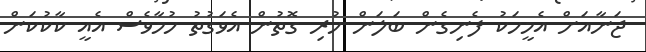
ޖަނާއަށް އެމީހަކު ފެނިގެން ބަލަން ހުރި ގޮތުން އެވަގުތު ހުމާވެސް އެއީ ކާކުކަން